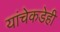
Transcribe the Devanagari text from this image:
यांचेकडेही